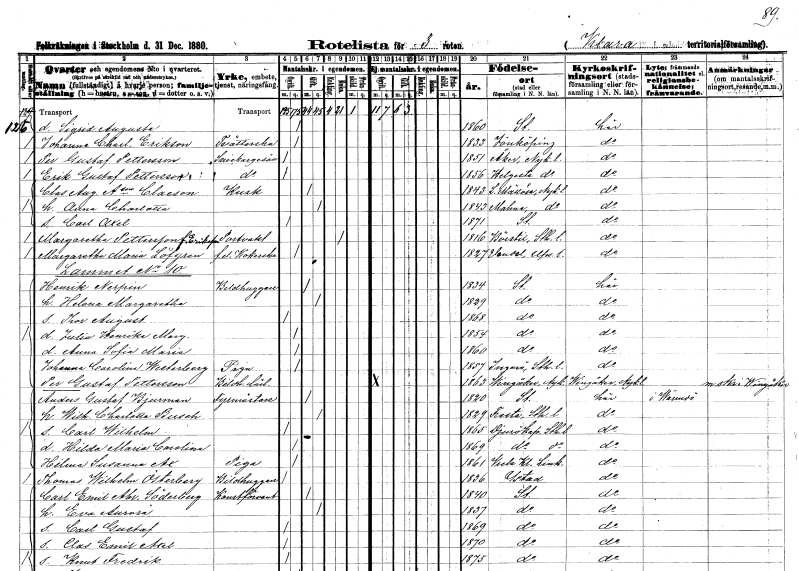
gt_parse: households: individuals: FN: Sigrid Augusta
KON: K
CIV: O
FODAR: 1860
FODFORS: Stockholm
FN: Johanna Charlotta
EN: Erikson
YRKE: Tvätterska
KON: K
CIV: O
FODAR: 1833
FODFORS: Jönköping Jönköpings län
FN: Per Gustaf
EN: Pettersson
YRKE: Snickaregesäll
KON: M
CIV: O
FODAR: 1851
FODFORS: Åker Södermanlands län
FN: Erik Gustaf
EN: Pettersson
YRKE: Snickaregesäll
KON: M
CIV: O
FODAR: 1856
FODFORS: Helgesta Södermanlands län
FN: Clas August
EN: A:son Claeson
YRKE: Kusk
KON: M
CIV: G
FODAR: 1843
FODFORS: Lilla Mellösa Södermanlands län
FN: Anna Charlotta
KON: K
CIV: G
FODAR: 1843
FODFORS: Malma Södermanlands län
FN: Carl Axel
KON: M
CIV: O
FODAR: 1871
FODFORS: Stockholm
FN: Margaretha
EN: Pettersson Eriksson
YRKE: Portvakt
KON: K
CIV: E
FODAR: 1816
FODFORS: Börstil Uppsala län
FN: Margaretha Maria
EN: Löfgren
YRKE: Kokerska f.d.
KON: K
CIV: O
FODAR: 1827
FODFORS: Vendel Uppsala län
FN: Henrik
EN: Nerpin
YRKE: Bildhuggare
KON: M
CIV: G
FODAR: 1834
FODFORS: Stockholm
FN: Helena Margaretha
KON: K
CIV: G
FODAR: 1829
FODFORS: Stockholm
FN: Thor August
KON: M
CIV: O
FODAR: 1868
FODFORS: Stockholm
FN: Julia Henrika Margaretha
KON: K
CIV: O
FODAR: 1854
FODFORS: Stockholm
FN: Anna Sofia Maria
KON: K
CIV: O
FODAR: 1860
FODFORS: Stockholm
FN: Johanna Carolina
EN: Westerberg
YRKE: Piga
KON: K
CIV: O
FODAR: 1857
FODFORS: Ingarö Stockholms län
FN: Per Gustaf
EN: Pettersson
YRKE: Bildhuggarelärling
KON: M
CIV: O
FODAR: 1863
FODFORS: Vingåker Södermanlands län
FN: Anders Gustaf
EN: Bjurman
YRKE: Fyrmästare
KON: M
CIV: G
FODAR: 1820
FODFORS: Stockholm
FN: Wilhelmina Charlotta
EN: Busch
KON: K
CIV: G
FODAR: 1829
FODFORS: Fresta Stockholms län
FN: Carl Wilhelm
KON: M
CIV: O
FODAR: 1865
FODFORS: Djurö Stockholms län
FN: Hilda Maria Carolina
KON: K
CIV: O
FODAR: 1869
FODFORS: Djurö Stockholms län
FN: Hilma Susanna
EN: Ax
YRKE: Piga
KON: K
CIV: O
FODAR: 1861
FODFORS: Vreta kloster Östergötlands län
FN: Thomas Wilhelm
EN: Österberg
YRKE: Bildhuggare
KON: M
CIV: O
FODAR: 1836
FODFORS: Ystad Malmöhus län
FN: Carl Emil Abraham
EN: Söderberg
YRKE: Konstförvandt
KON: M
CIV: G
FODAR: 1840
FODFORS: Stockholm
FN: Eva Aurora
KON: K
CIV: G
FODAR: 1837
FODFORS: Stockholm
FN: Carl Gustaf
KON: M
CIV: O
FODAR: 1869
FODFORS: Stockholm
FN: Clas Emil Axel
KON: M
CIV: O
FODAR: 1870
FODFORS: Stockholm
FN: Knut Fredrik
KON: M
CIV: O
FODAR: 1875
FODFORS: Stockholm